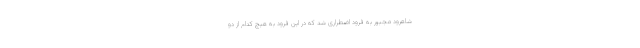
شاهرود مجبور به فرود اضطراری شد که در این فرود به هیچ کدام از دو